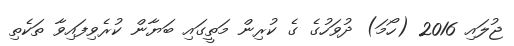
ޖުލައި 2016 (ހޯމަ) ދުވަހުގެ ގެ ކުރިން މަތީގައި ބަޔާން ކުރެވިފައިވާ ތަކެތި